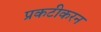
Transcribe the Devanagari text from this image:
प्रकटीकरन